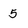
Character: 5